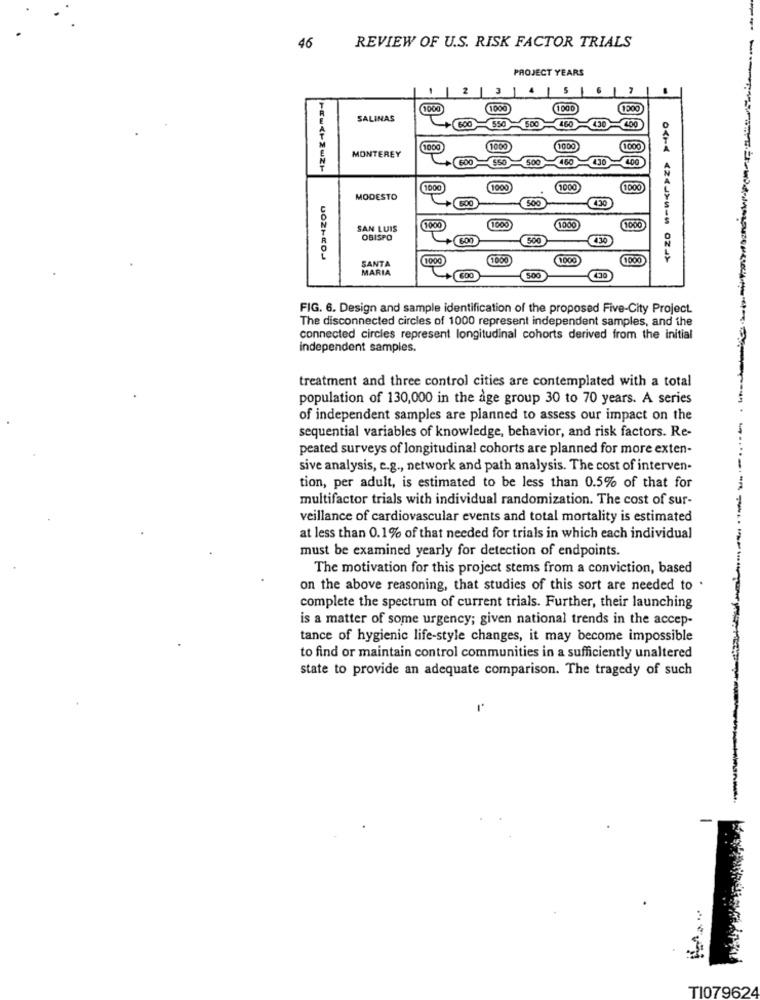
46
REVIEW OF U.S. RISK FACTOR TRIALS
PROJECT YEARS
2
2 | 3
5
7
1000
1000
(1000
SALINAS
600
550
500
AGO
400
1000
(1000
1000
1000
MONTEREY
550
500
430
4.00
1000
1000
1000
1000
MODESTO
500
430
1000
1000
1000
SAN LUIS
1000
OBISPO
500
4.30
1000
1000
1000
SANTA
MARIA
1000
500
430
FIG. 6. Design and sample identification of the proposed Five-City Project.
The disconnected circles of 1000 represent independent samples, and the
connected circles represent longitudinal cohorts derived from the initial
independent samples.
treatment and three control cities are contemplated with a total
population of 130,000 in the age group 30 to 70 years. A series
of independent samples are planned to assess our impact on the
sequential variables of knowledge, behavior, and risk factors. Re-
peated surveys of longitudinal cohorts are planned for more exten-
sive analysis, e.g ., network and path analysis. The cost of interven-
tion, per adult, is estimated to be less than 0.5% of that for
multifactor trials with individual randomization. The cost of sur-
-
veillance of cardiovascular events and total mortality is estimated
at less than 0.1% of that needed for trials in which each individual
must be examined yearly for detection of endpoints.
The motivation for this project stems from a conviction, based
on the above reasoning, that studies of this sort are needed to .
complete the spectrum of current trials. Further, their launching
is a matter of some urgency; given national trends in the accep-
tance of hygienic life-style changes, it may become impossible
to find or maintain control communities in a sufficiently unaltered
state to provide an adequate comparison. The tragedy of such
-
TI079624